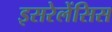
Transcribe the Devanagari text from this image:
इसरेलेंसिस